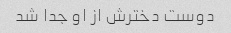
دوست دخترش از او جدا شد